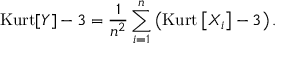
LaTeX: \operatorname { K u r t } [ Y ] - 3 = { \frac { 1 } { n ^ { 2 } } } \sum _ { i = 1 } ^ { n } \left( \operatorname { K u r t } \left[ X _ { i } \right] - 3 \right) .